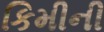
કિમીની